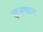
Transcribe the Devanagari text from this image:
कनकन